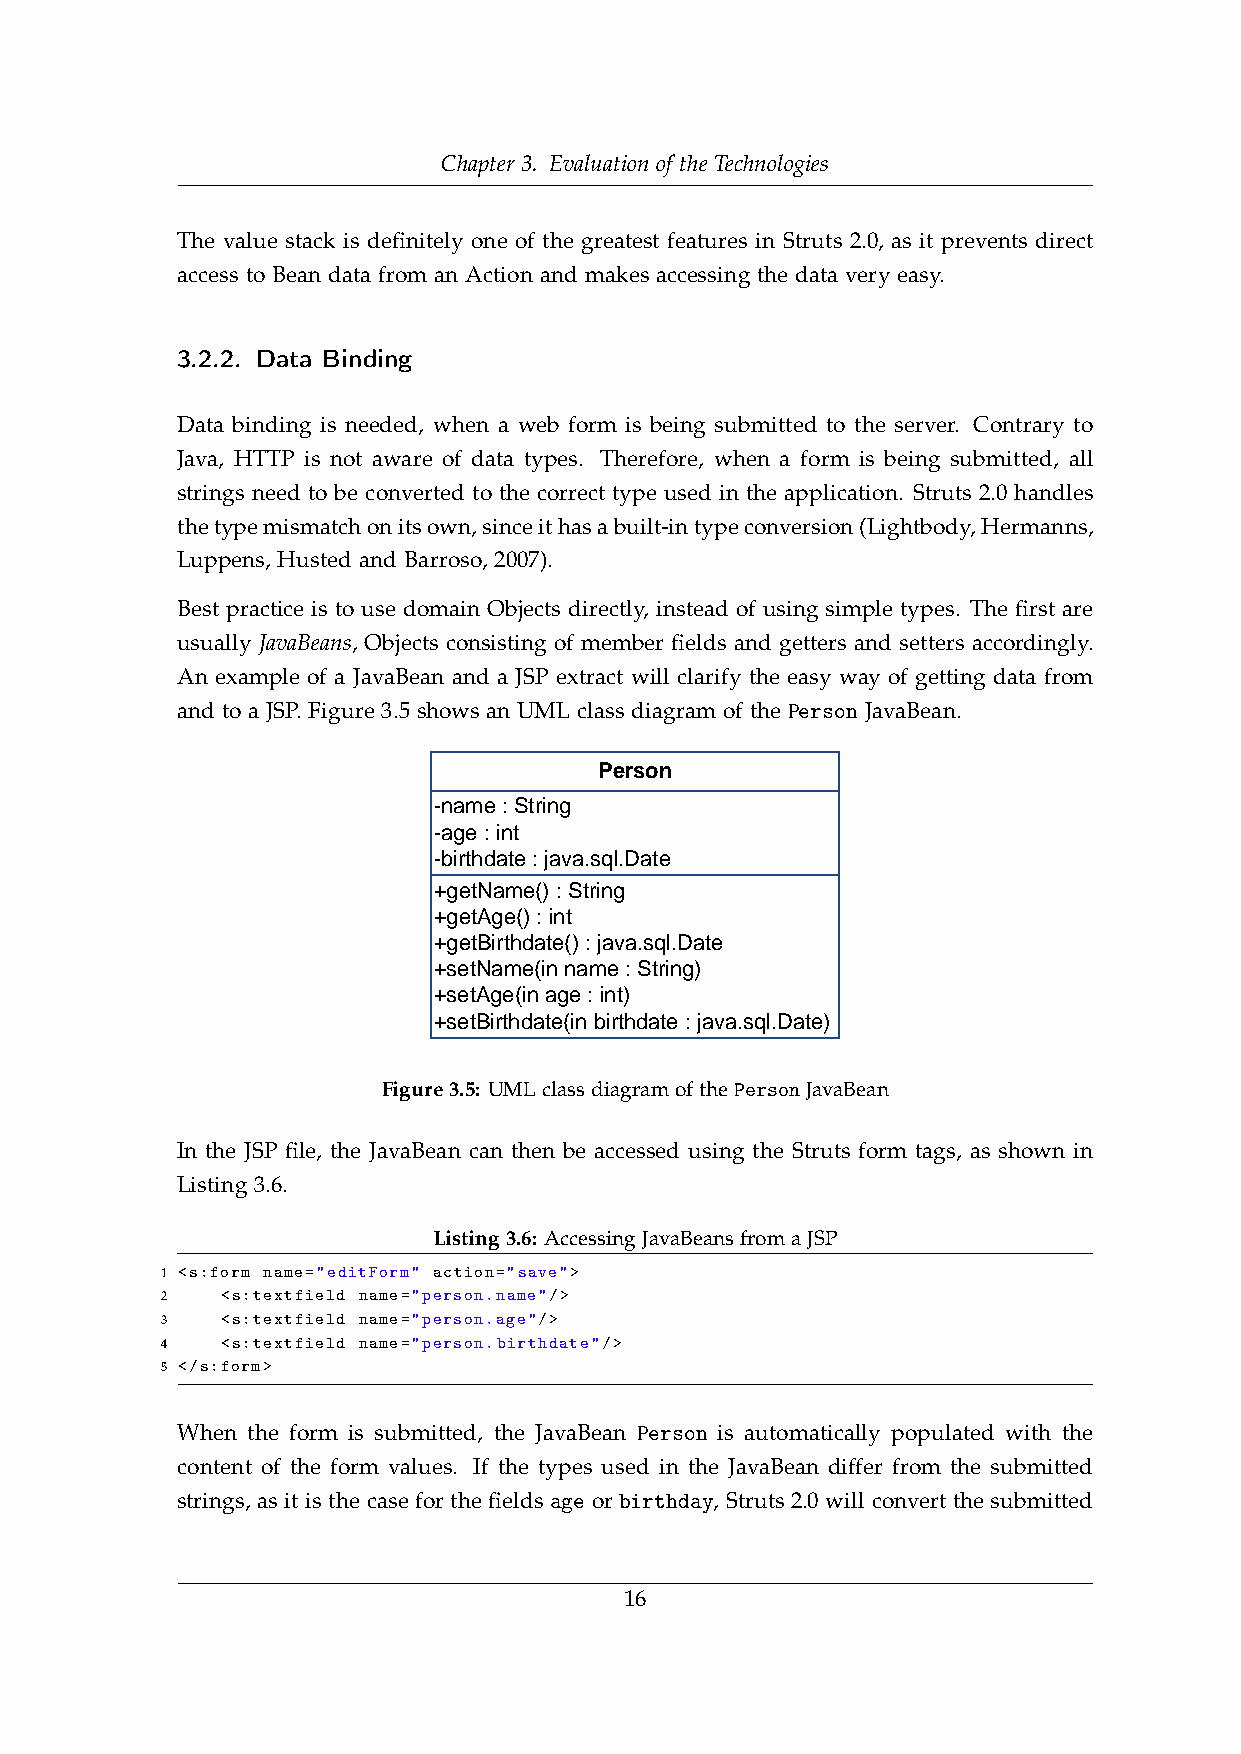
Chapter 3. Evaluation of the Technologies
 The value stack is definitely one of the greatest features in Struts 2.0, as it prevents direct
 access to Bean data from an Action and makes accessing the data very easy.
 3.2.2. Data Binding
 Data binding is needed, when a web form is being submitted to the server. Contrary to
 Java, HTTP is not aware of data types. Therefore, when a form is being submitted, all
 strings need to be converted to the correct type used in the application. Struts 2.0 handles
 thetypemismatchonitsown,sinceithasabuilt-intypeconversion(Lightbody,Hermanns,
 Luppens, Husted and Barroso, 2007).
 Best practice is to use domain Objects directly, instead of using simple types. The first are
 usually JavaBeans, Objects consisting of member fields and getters and setters accordingly.
 An example of a JavaBean and a JSP extract will clarify the easy way of getting data from
 and to a JSP. Figure 3.5 shows an UML class diagram of the Person JavaBean.
 Person
 -name : String
 -age : int
 -birthdate : java.sql.Date
 +getName() : String
 +getAge() : int
 +getBirthdate() : java.sql.Date
 +setName(in name : String)
 +setAge(in age : int)
 +setBirthdate(in birthdate : java.sql.Date)
 Figure3.5: UMLclassdiagramofthePersonJavaBean
 In the JSP file, the JavaBean can then be accessed using the Struts form tags, as shown in
 Listing 3.6.
 Listing3.6: AccessingJavaBeansfromaJSP
 1 <s:form name="editForm" action="save">
 2   <s:textfield name="person.name"/>
 3   <s:textfield name="person.age"/>
 4   <s:textfield name="person.birthdate"/>
 5 </s:form>
 When the form is submitted, the JavaBean Person is automatically populated with the
 content of the form values. If the types used in the JavaBean differ from the submitted
 strings, as it is the case for the fields age or birthday, Struts 2.0 will convert the submitted
 16